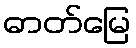
ဓာတ်မြေ